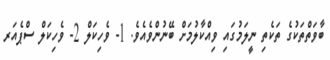
ބާވަތްތަކުގެ ތަކެތި ނީލަމުގައި ވިއްކާލުމަށް ބޭނުންވެއެވެ. 1- ވެހިކަލް 2- ވެހިކަލް ސްޕެއަރ